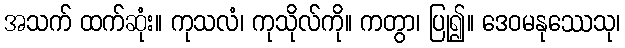
အသက် ထက်ဆုံး။ ကုသလံ၊ ကုသိုလ်ကို။ ကတွာ၊ ပြု၍။ ဒေဝမနုဿေသု၊